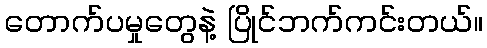
တောက်ပမှုတွေနဲ့ ပြိုင်ဘက်ကင်းတယ်။